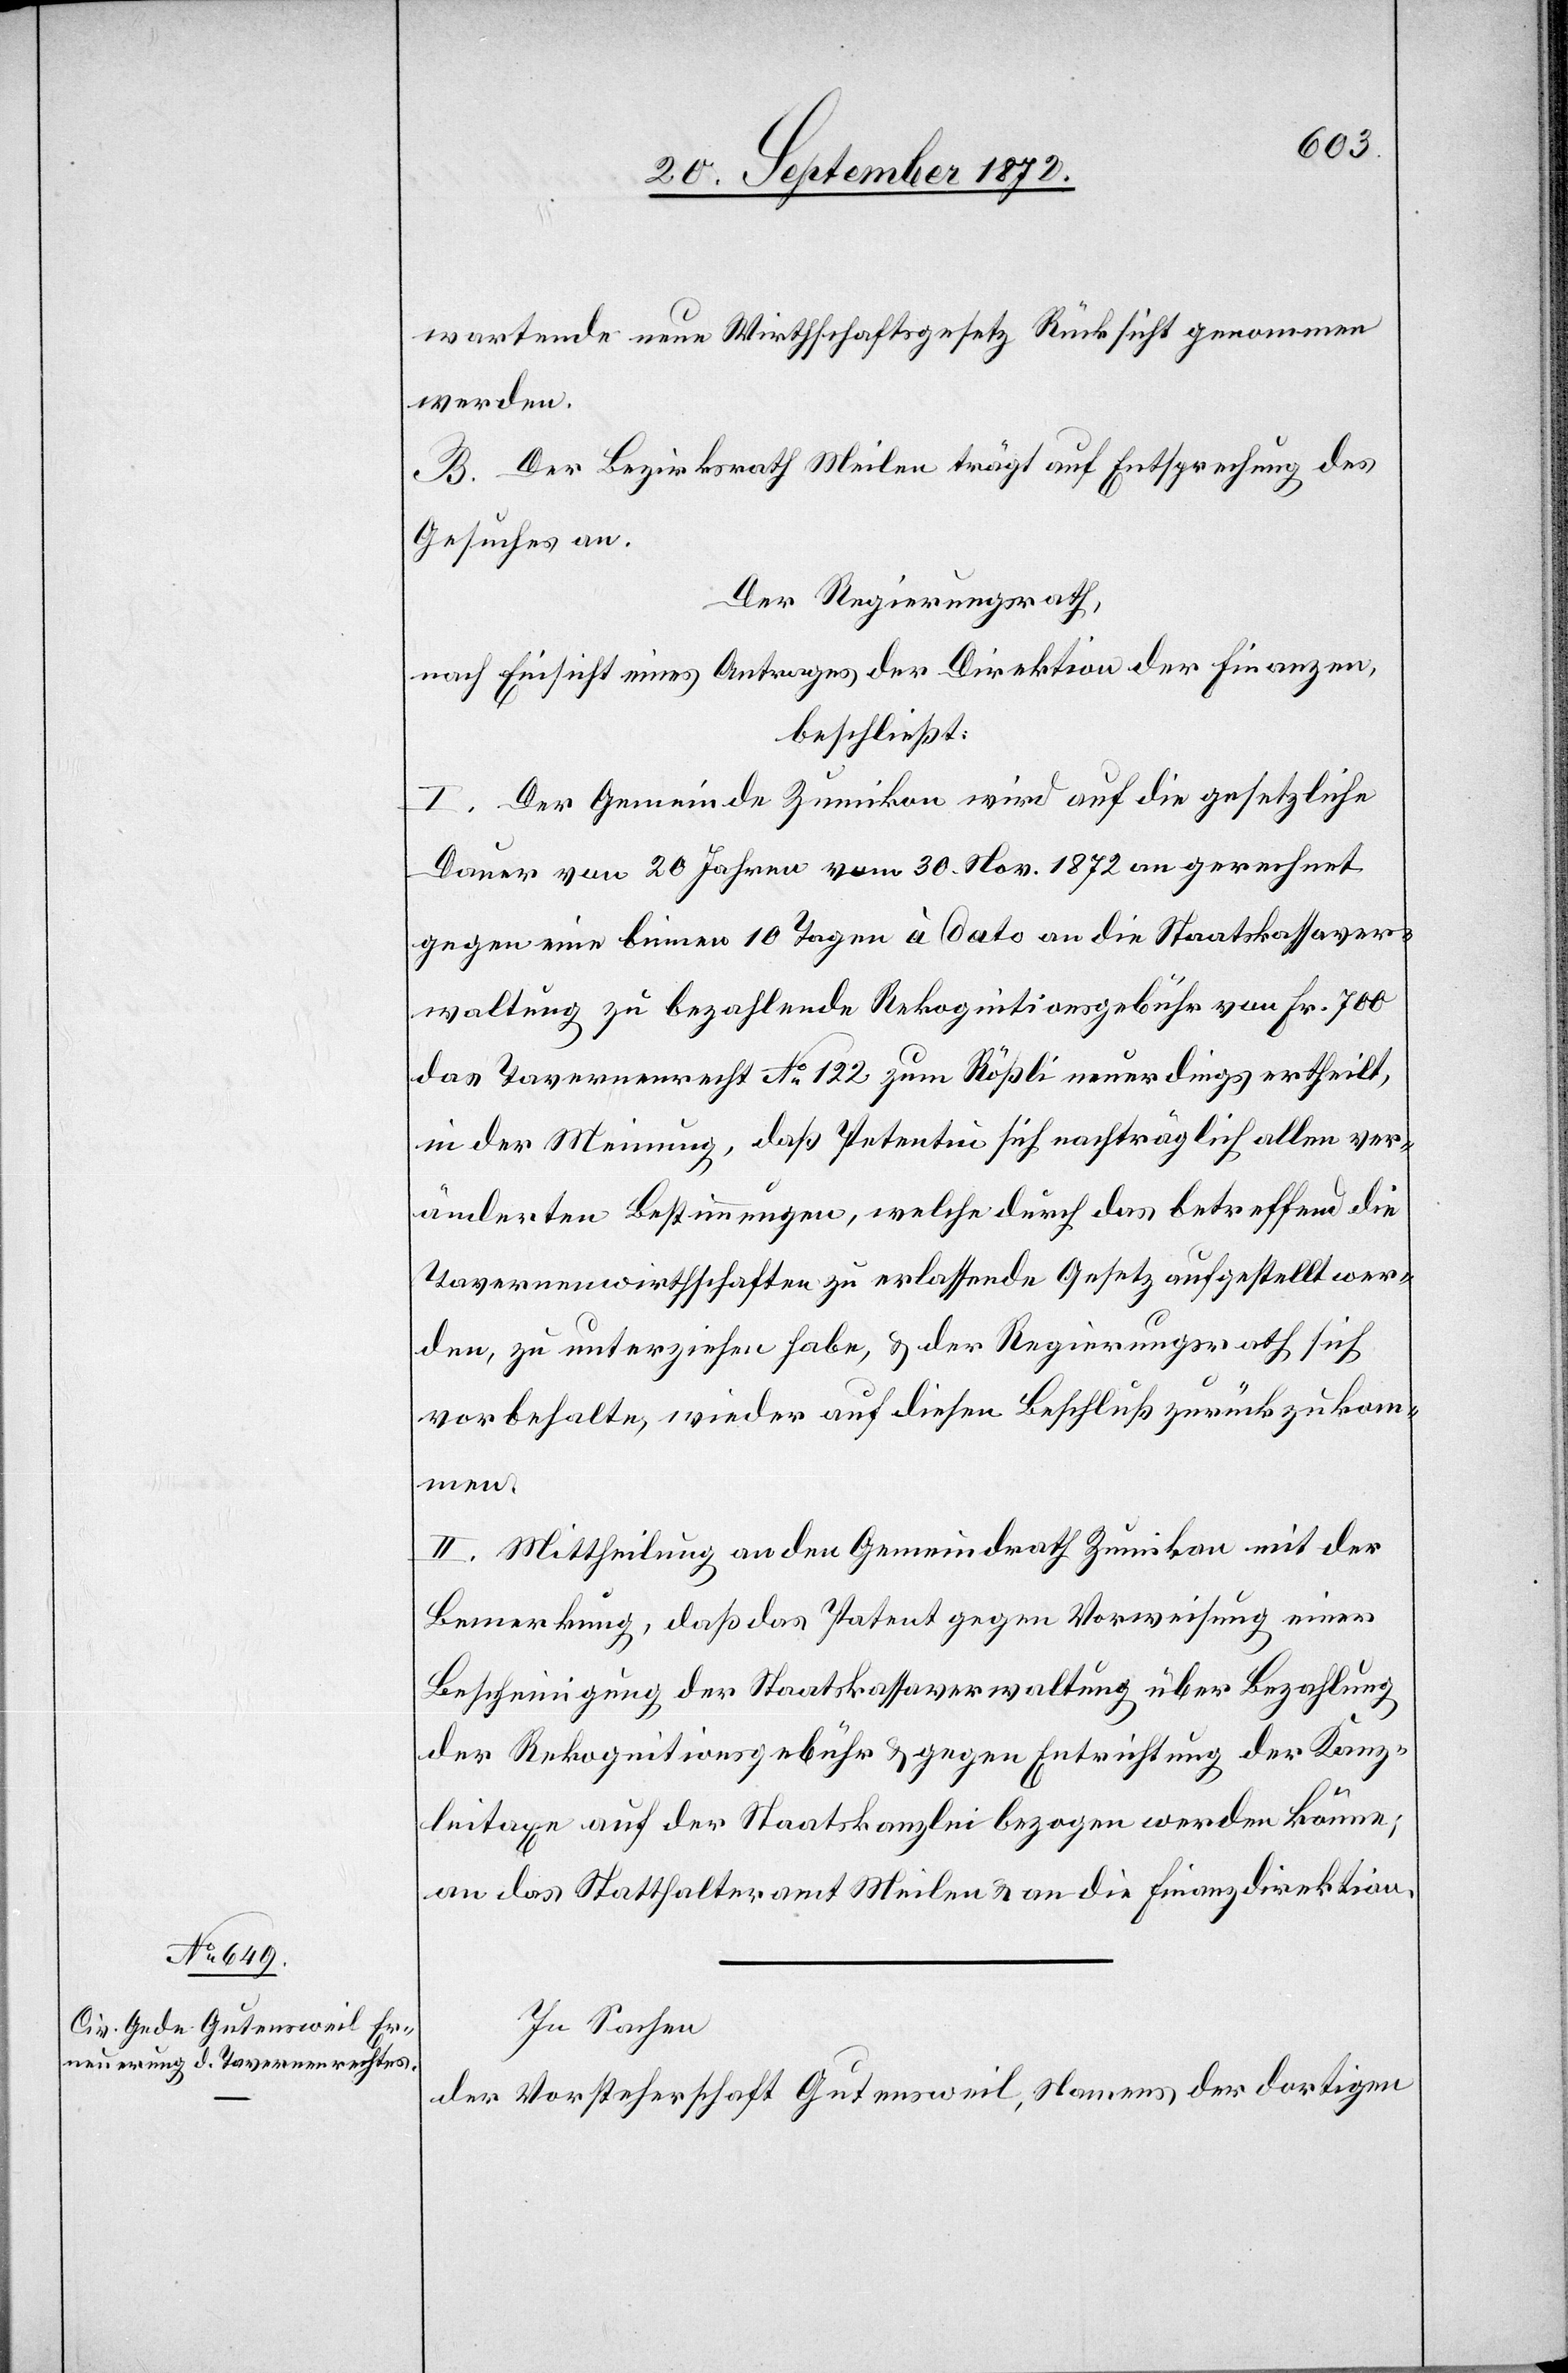
wartende neue Wirthschaftsgesetz Rücksicht genommen
werden.
B. Der Bezirksrath Meilen trägt auf Entsprechung des
Gesuches an.
Der Regierungsrath,
nach Einsicht eines Antrages der Direktion der Finanzen,
beschließt:
I. Der Gemeinde Zumikon wird auf die gesetzliche
Dauer von 20 Jahren vom 30. Nov. 1872 an gerechnet
gegen eine binnen 10 Tagen à dato an die Staatskassaver¬
waltung zu bezahlende Rekognitionsgebühr von Fr. 700
das Tavernenrecht No 122 zum Rößli neuerdings ertheilt,
in der Meinung, daß Petentin sich nachträglich allen ver¬
änderten Bestimmungen, welche durch das betreffend die
Tavernenwirthschaften zu erlassende Gesetz aufgestellt wer¬
den, zu unterziehen habe, u. der Regierungsrath sich
vorbehalte, wieder auf diesen Beschluß zurückzukom¬
men.
II. Mittheilung an den Gemeindrath Zumikon mit der
Bemerkung, daß das Patent gegen Vorweisung einer
Bescheinigung der Staatskassaverwaltung über Bezahlung
der Rekognitionsgebühr u. gegen Entrichtung der Kanz¬
leitaxe auf der Staatskanzlei bezogen werden könne,
an das Statthalteramt Meilen u. an die Finanzdirektion.
In Sachen
der Vorsteherschaft Gutensweil, Namens der dortigen